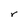
Character: r